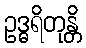
ဥဒ္ဓရိတုန္တိ